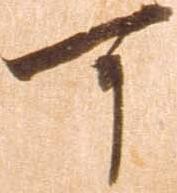
可